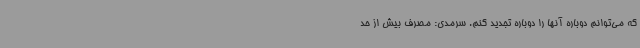
که می‌توانم دوباره آنها را دوباره تجدید کنم. سرمدی: مصرف بیش از حد